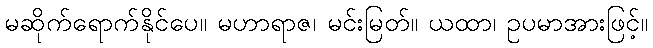
မဆိုက်ရောက်နိုင်ပေ။ မဟာရာဇ၊ မင်းမြတ်။ ယထာ၊ ဥပမာအားဖြင့်။